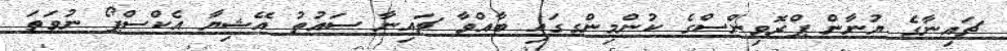
ޗައިނާގެ ޔުނާން ޕްރޮވިންސްގެ ކުންމިންގގައި ބާއްވާ ޗައިނާ ސައުތު އޭޝިޔާ އެކްސްޕޯ ނުވަތަ